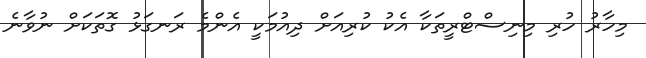
މިހާރު ހުރި މިނިސްޓްރީތަކާ އެކު ކުރިއަށް ދިއުމަކީ އެންމެ ރަނގަޅު ގޮތަކަށް ނުވާނެ